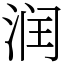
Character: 润